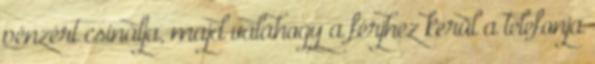
pénzért csinálja, majd valahogy a férjhez kerül a telefonja